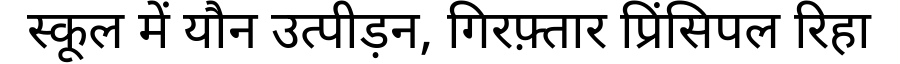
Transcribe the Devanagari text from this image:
स्कूल में यौन उत्पीड़न, गिरफ़्तार प्रिंसिपल रिहा